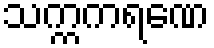
သက္ကကရဏေ